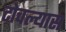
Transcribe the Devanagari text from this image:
टोचल्यास